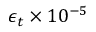
\epsilon _ { t } \times 1 0 ^ { - 5 }